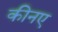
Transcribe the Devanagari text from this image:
कीनए